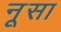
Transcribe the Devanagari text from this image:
नूसा